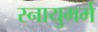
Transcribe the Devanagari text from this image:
स्नायुमर्म